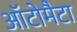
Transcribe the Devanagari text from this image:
ऑटोमैटा